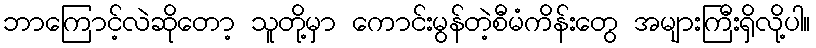
ဘာကြောင့်လဲဆိုတော့ သူတို့မှာ ကောင်းမွန်တဲ့စီမံကိန်းတွေ အများကြီးရှိလို့ပါ။